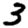
Digit: 3